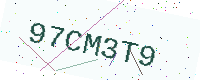
Text: 97CM3T9